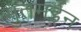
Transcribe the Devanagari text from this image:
मुतमईन